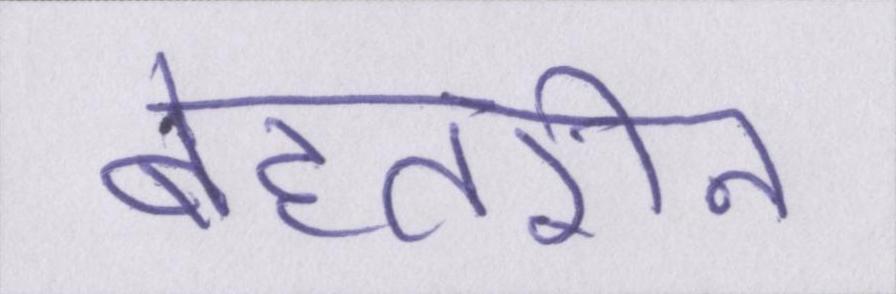
बेहतरीन